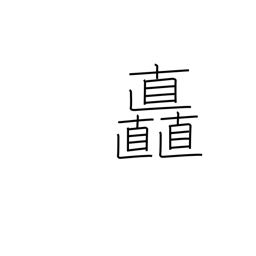
Meaning: luxuriance